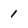
Character: 1